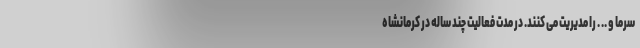
سرما و .. . را مدیریت می کنند. در مدت فعالیت چند ساله در کرمانشاه